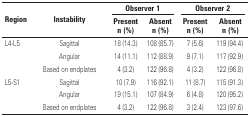
| <ROWSPAN=2> Region | <ROWSPAN=2> Instability | <COLSPAN=2> Observer 1 | <COLSPAN=2> Observer 2 |
 | Present n (%) | Absent n (%) | Present n (%) | Absent n (%) |
 | --- | --- | --- | --- | --- | --- |
 | L4-L5 | Sagittal | 18 (14.3) | 108 (85.7) | 7 (5.6) | 119 (94.4) |
 |  | Angular | 14 (11.1) | 112 (88.9) | 9 (7.1) | 117 (92.9) |
 |  | Based on endplates | 4 (3.2) | 122 (96.8) | 4 (3.2) | 122 (96.8) |
 | L5-S1 | Sagittal | 10 (7.9) | 116 (92.1) | 11 (8.7) | 115 (91.3) |
 |  | Angular | 19 (15.1) | 107 (84.9) | 6 (4.8) | 120 (95.2) |
 |  | Based on endplates | 4 (3.2) | 122 (96.8) | 3 (2.4) | 123 (97.6) |